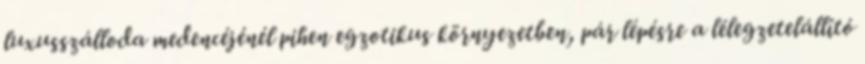
luxusszálloda medencéjénél pihen egzotikus környezetben, pár lépésre a lélegzetelállító